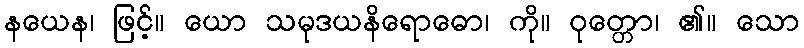
နယေန၊ ဖြင့်။ ယော သမုဒယနိရောဓော၊ ကို။ ဝုတ္တော၊ ၏။ သော